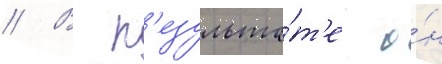
// В р'езульта́т'е о́н